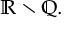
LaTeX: \mathbb { R } \smallsetminus \mathbb { Q } . \quad